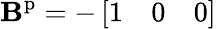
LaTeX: \mathbf{B}^{\mathrm{p}}=-\left[\begin{array}{lll}{1}&{0}&{0}\end{array}\right]